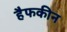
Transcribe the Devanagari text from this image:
हैफकीन